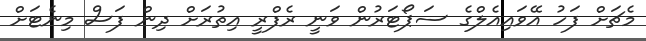
މެޗަށް ފަހު އޭވައިއެލްގެ ސަޕޯޓަރުން ވަނީ ރެފްރީ އިތުރަށް ދިން ފަސް މިނެޓަށް